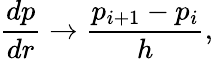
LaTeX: \frac{dp}{dr}\rightarrow\frac{p_{i+1}-p_{i}}h,